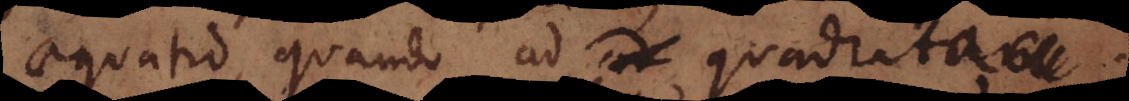
aequatio, quando ad quadra